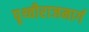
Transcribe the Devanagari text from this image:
पृथ्वीराजमार्ग